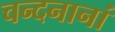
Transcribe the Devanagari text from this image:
चन्दनानां